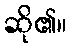
ဆို၏။